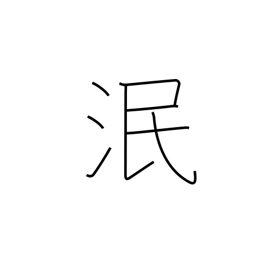
Meaning: die out